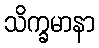
သိက္ခမာနာ